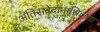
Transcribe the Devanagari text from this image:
अतिसंवेदानाशिलता